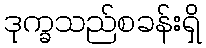
ဒုက္ခသည်စခန်းရှိ